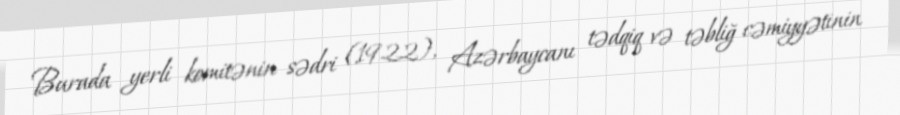
Burada yerli komitənin sədri (1922), Azərbaycanı tədqiq və təbliğ cəmiyyətinin